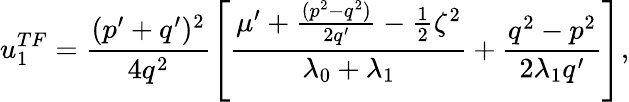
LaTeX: u_{1}^{TF}=\frac{(p^{\prime}+q^{\prime})^{2}}{4q^{2}}\left[\frac{\mu^{\prime}+\frac{(p^{2}-q^{2})}{2q^{\prime}}-\frac{1}{2}\zeta^{2}}{\lambda_{0}+\lambda_{1}}+\frac{q^{2}-p^{2}}{2\lambda_{1}q^{\prime}}\right],